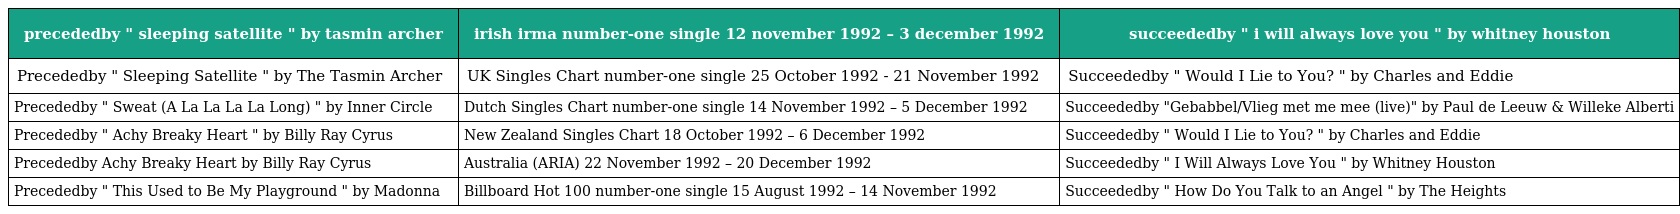
| precededby " sleeping satellite " by tasmin archer | irish irma number-one single 12 november 1992 – 3 december 1992 | succeededby " i will always love you " by whitney houston |
 | --- | --- | --- |
 | Precededby " Sleeping Satellite " by The Tasmin Archer | UK Singles Chart number-one single 25 October 1992 - 21 November 1992 | Succeededby " Would I Lie to You? " by Charles and Eddie |
 | Precededby " Sweat (A La La La La Long) " by Inner Circle | Dutch Singles Chart number-one single 14 November 1992 – 5 December 1992 | Succeededby "Gebabbel/Vlieg met me mee (live)" by Paul de Leeuw & Willeke Alberti |
 | Precededby " Achy Breaky Heart " by Billy Ray Cyrus | New Zealand Singles Chart 18 October 1992 – 6 December 1992 | Succeededby " Would I Lie to You? " by Charles and Eddie |
 | Precededby Achy Breaky Heart by Billy Ray Cyrus | Australia (ARIA) 22 November 1992 – 20 December 1992 | Succeededby " I Will Always Love You " by Whitney Houston |
 | Precededby " This Used to Be My Playground " by Madonna | Billboard Hot 100 number-one single 15 August 1992 – 14 November 1992 | Succeededby " How Do You Talk to an Angel " by The Heights |